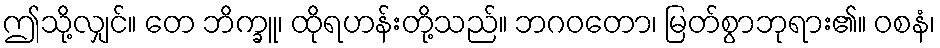
ဤသို့လျှင်။ တေ ဘိက္ခူ၊ ထိုရဟန်းတို့သည်။ ဘဂဝတော၊ မြတ်စွာဘုရား၏။ ဝစနံ၊